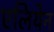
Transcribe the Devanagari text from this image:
एलियेन